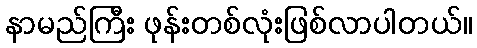
နာမည်ကြီး ဖုန်းတစ်လုံးဖြစ်လာပါတယ်။